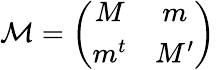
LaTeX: {\cal M}=\left(\begin{array}{cc}{{M}}&{{m}}\\ {{m^{t}}}&{{M^{\prime}}}\end{array}\right)